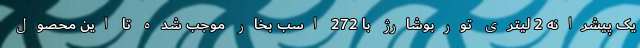
یک پیشرانه 2 لیتری توربوشارژ با 272 اسب بخار موجب شده تا این محصول